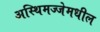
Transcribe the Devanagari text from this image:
अस्थिमज्जेमधील